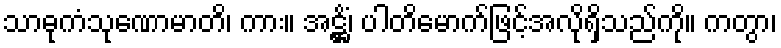
သာဓုကံသုဏောမာတိ၊ ကား။ အဋ္ဌိံ၊ ပါတိမောက်ဖြင့်အလိုရှိသည်ကို။ ကတွာ၊